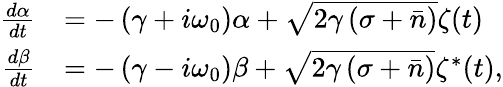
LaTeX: \begin{array}{rl}{\frac{d\alpha}{dt}}&{=-\left(\gamma+i\omega_{0}\right)\alpha+\sqrt{2\gamma\left(\sigma+\bar{n}\right)}\zeta(t)}\\ {\frac{d\beta}{dt}}&{=-\left(\gamma-i\omega_{0}\right)\beta+\sqrt{2\gamma\left(\sigma+\bar{n}\right)}\zeta^{*}(t),}\end{array}